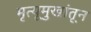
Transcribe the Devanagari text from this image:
मृत्यूमुखांतून